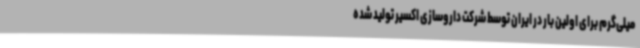
میلی‌گرم برای اولین بار در ایران توسط شرکت داروسازی اکسیر تولید شده